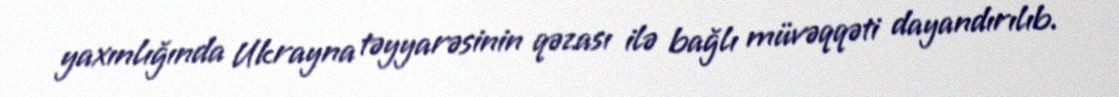
yaxınlığında Ukrayna təyyarəsinin qəzası ilə bağlı müvəqqəti dayandırılıb.